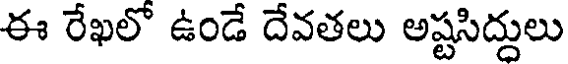
ఈ రేఖలో ఉండే దేవతలు అష్టసిద్దులు